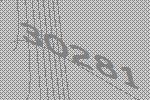
30281